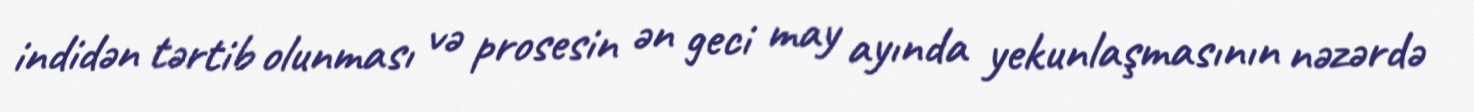
indidən tərtib olunması və prosesin ən geci may ayında yekunlaşmasının nəzərdə